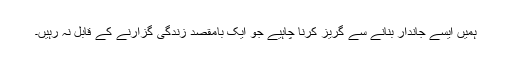
ہمیں ایسے جاندار بنانے سے گریز کرنا چاہیے جو ایک بامقصد زندگی گزارنے کے قابل نہ رہیں۔